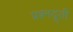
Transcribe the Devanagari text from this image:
प्रश्नदूती